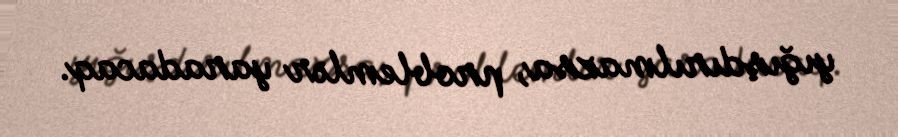
yığışdırılmazsa, problemlər yaradacaq.